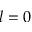
l = 0